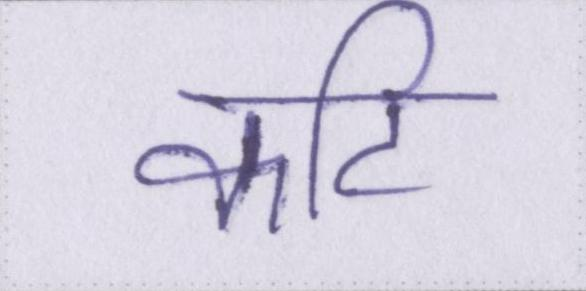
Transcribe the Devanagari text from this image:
कटि